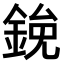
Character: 𫒯